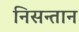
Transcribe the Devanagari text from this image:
निसन्तान